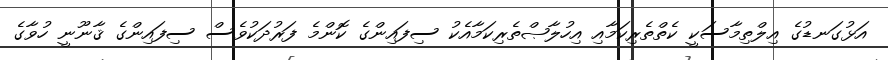
އަޅުގަނޑުގެ އިލްތިމާސަކީ ކެތްތެރިކަމާއި އިހުލާޞްތެރިކަމާއެކު ސިފައިންގެ ކޮންމެ ފަރުދަކުވެސް ސިފައިންގެ ޤާނޫނީ ހުވާގެ